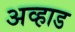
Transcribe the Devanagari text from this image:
अव्हाड